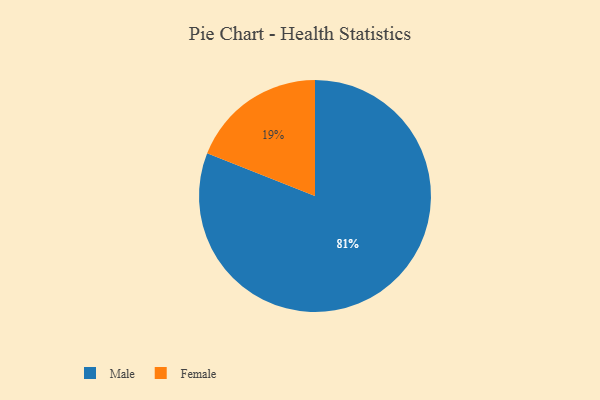
{"axis": {"x": "Category", "y": "Percentage"}, "legend": ["Female", "Male"], "data": [{"x": "Male", "y": 81, "type": "Male"}, {"x": "Female", "y": 19, "type": "Female"}]}